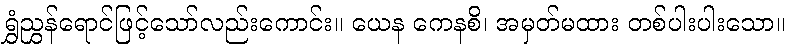
ရွှံညွှန်ရောင်ဖြင့်သော်လည်းကောင်း။ ယေန ကေနစိ၊ အမှတ်မထား တစ်ပါးပါးသော။